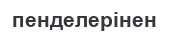
пенделерінен